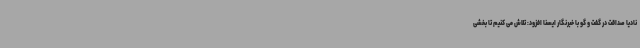
نادیا صداقت در گفت و گو با خبرنگار ایسنا افزود: تلاش می کنیم تا بخشی